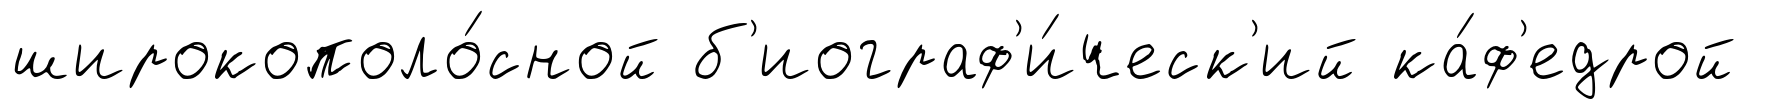
широкополо́сной б'иограф'и́ческ'ий ка́ф'едрой